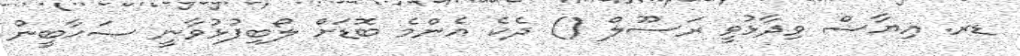
ޑރ. އިޔާޟް ވިދާޅުވީ ރަސޫލް () ދެކެ އެންމެ ބޮޑަށް ލޯބިފުޅުވާނީ ޞަޙާބީން